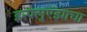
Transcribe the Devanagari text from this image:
इन्फ्लुएंझाचा